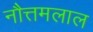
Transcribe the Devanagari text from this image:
नौत्तमलाल